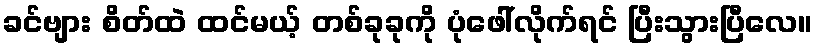
ခင်ဗျား စိတ်ထဲ ထင်မယ့် တစ်ခုခုကို ပုံဖေါ်လိုက်ရင် ပြီးသွားပြီလေ။